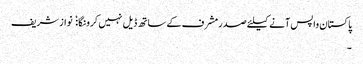
پاکستان واپس آنے کیلئے صدرمشرف کے ساتھ ڈیل نہیں کرونگا:  نواز شریف
۔